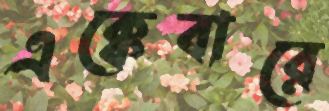
এক্কেবারে